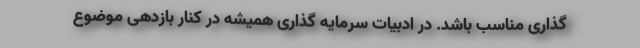
گذاری مناسب باشد. در ادبیات سرمایه گذاری همیشه در کنار بازدهی موضوع